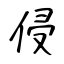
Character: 侵